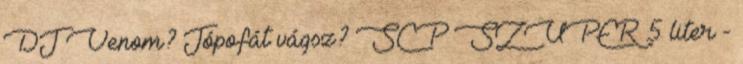
DJ Venom? Jópofát vágsz? SCP SZUPER 5 liter -